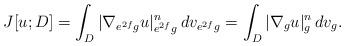
LaTeX: \begin{align*}J[u; D] = \int_D |\nabla_{e^{2f} g} u|_{e^{2f} g}^n\,dv_{e^{2f} g} = \int_{D} |\nabla_{g} u|_{g}^n\,dv_{g}.\end{align*}